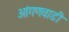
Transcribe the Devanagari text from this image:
आंगणवाडी